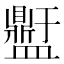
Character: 𭾕